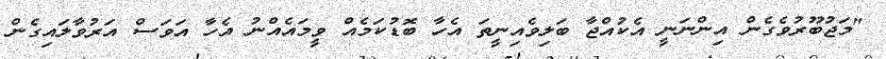
"މަޖުބޫރުވެގެން އިންނަނީ އެކުއްޖާ ބަލިވެއިނީތަ އެހާ ބޮޑުކަމެއް ވީމައެއްނު އެހާ އަވަސް އަރުވާލައިގެން